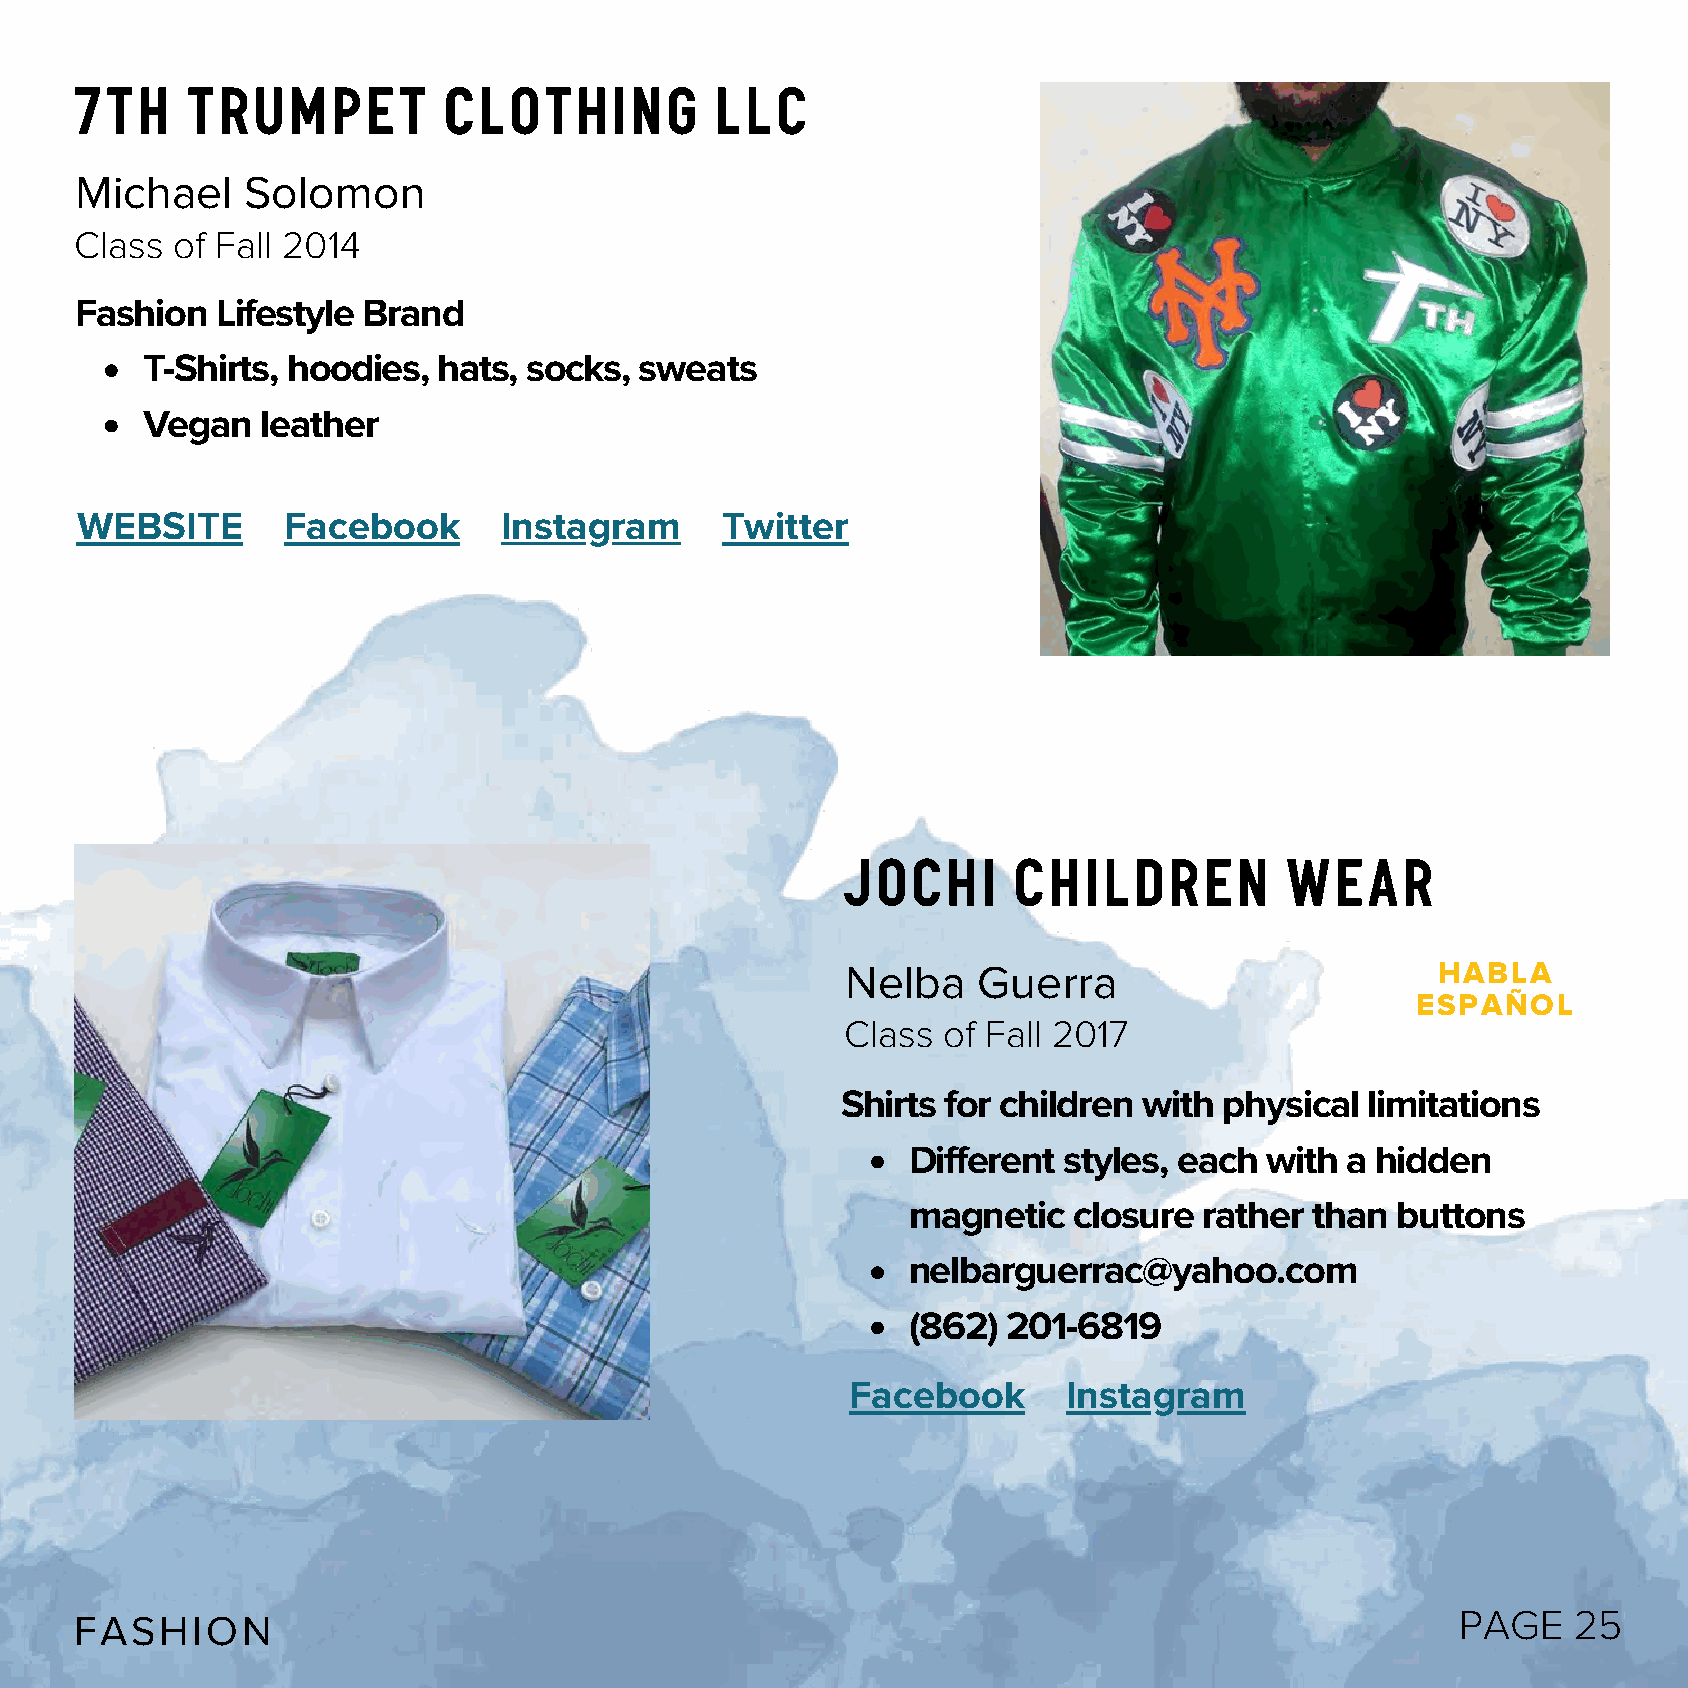
7th    Trumpet          Clothing          LLC
 Michael    Solomon
 Class of Fall 2014
 Fashion  Lifestyle Brand
 T-Shirts, hoodies,  hats, socks, sweats
 Vegan   leather
 WEBSITE       Facebook      Instagram      Twitter
 JOCHI      CHILDREN          WEAR
 Nelba    Guerra                        HABLA
 ESPAÑOL
 Class of Fall 2017
 Shirts for children with physical  limitations
 Different styles, each  with a hidden
 magnetic   closure  rather than buttons
 nelbarguerrac@yahoo.com
 (862)  201-6819
 Facebook       Instagram
 PAGE   25
 FASHION